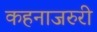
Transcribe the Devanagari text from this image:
कहनाजरुरी